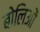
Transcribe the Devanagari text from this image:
बोलिओं